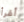
أقرأ